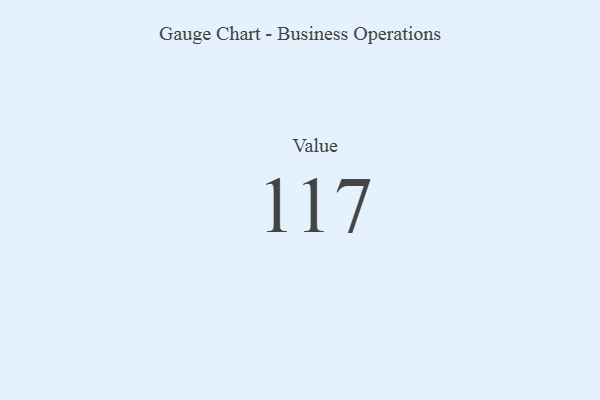
{"axis": {"x": "Metric", "y": "Value"}, "legend": [""], "data": [{"x": "Value", "y": 117, "type": ""}]}